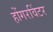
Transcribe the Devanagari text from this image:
होंगरविंटर